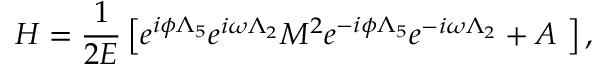
H = \frac 1 { 2 E } \left[ e ^ { i \phi \Lambda _ { 5 } } e ^ { i \omega \Lambda _ { 2 } } M ^ { 2 } e ^ { - i \phi \Lambda _ { 5 } } e ^ { - i \omega \Lambda _ { 2 } } + A \ \right] ,